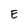
Character: E